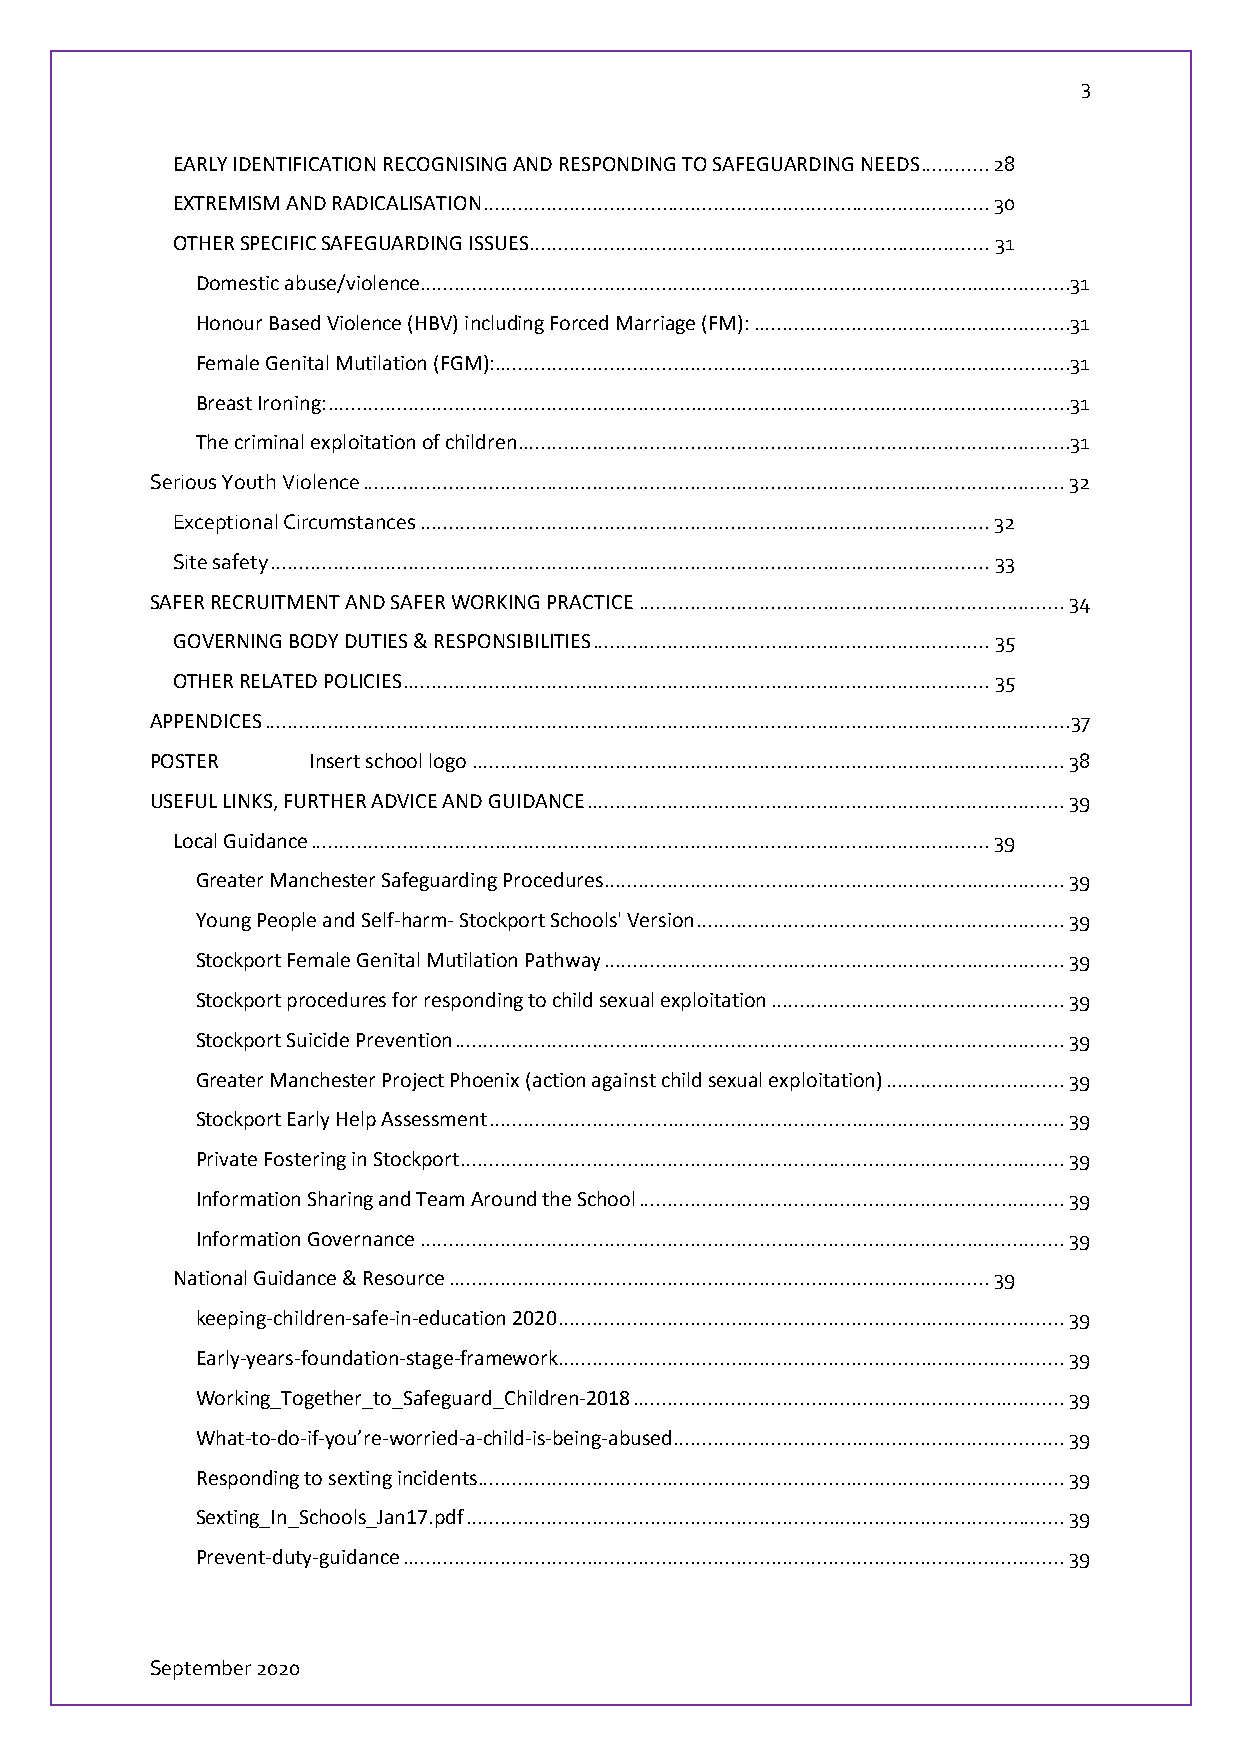
3
 EARLY IDENTIFICATION RECOGNISING AND RESPONDING TO SAFEGUARDING NEEDS ............ 28
 EXTREMISM AND RADICALISATION ........................................................................................ 30
 OTHER SPECIFIC SAFEGUARDING ISSUES ................................................................................ 31
 Domestic abuse/violence .................................................................................................................31
 Honour Based Violence (HBV) including Forced Marriage (FM): .......................................................31
 Female Genital Mutilation (FGM):....................................................................................................31
 Breast Ironing: .................................................................................................................................31
 The criminal exploitation of children ................................................................................................31
 Serious Youth Violence .......................................................................................................................... 32
 Exceptional Circumstances ................................................................................................... 32
 Site safety ............................................................................................................................. 33
 SAFER RECRUITMENT AND SAFER WORKING PRACTICE .......................................................................... 34
 GOVERNING BODY DUTIES & RESPONSIBILITIES ..................................................................... 35
 OTHER RELATED POLICIES ...................................................................................................... 35
 APPENDICES ............................................................................................................................................ 37
 POSTER    Insert school logo ....................................................................................................... 38
 USEFUL LINKS, FURTHER ADVICE AND GUIDANCE ................................................................................... 39
 Local Guidance ...................................................................................................................... 39
 Greater Manchester Safeguarding Procedures ................................................................................ 39
 Young People and Self-harm- Stockport Schools' Version ................................................................ 39
 Stockport Female Genital Mutilation Pathway ................................................................................ 39
 Stockport procedures for responding to child sexual exploitation ................................................... 39
 Stockport Suicide Prevention .......................................................................................................... 39
 Greater Manchester Project Phoenix (action against child sexual exploitation) ............................... 39
 Stockport Early Help Assessment .................................................................................................... 39
 Private Fostering in Stockport ......................................................................................................... 39
 Information Sharing and Team Around the School .......................................................................... 39
 Information Governance ................................................................................................................ 39
 National Guidance & Resource .............................................................................................. 39
 keeping-children-safe-in-education 2020 ........................................................................................ 39
 Early-years-foundation-stage-framework........................................................................................ 39
 Working_Together_to_Safeguard_Children-2018 ........................................................................... 39
 What-to-do-if-you’re-worried-a-child-is-being-abused .................................................................... 39
 Responding to sexting incidents...................................................................................................... 39
 Sexting_In_Schools_Jan17.pdf ........................................................................................................ 39
 Prevent-duty-guidance ................................................................................................................... 39
 September 2020